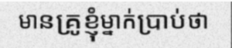
មានគ្រូខ្ញុំម្នាក់ប្រាប់ថា